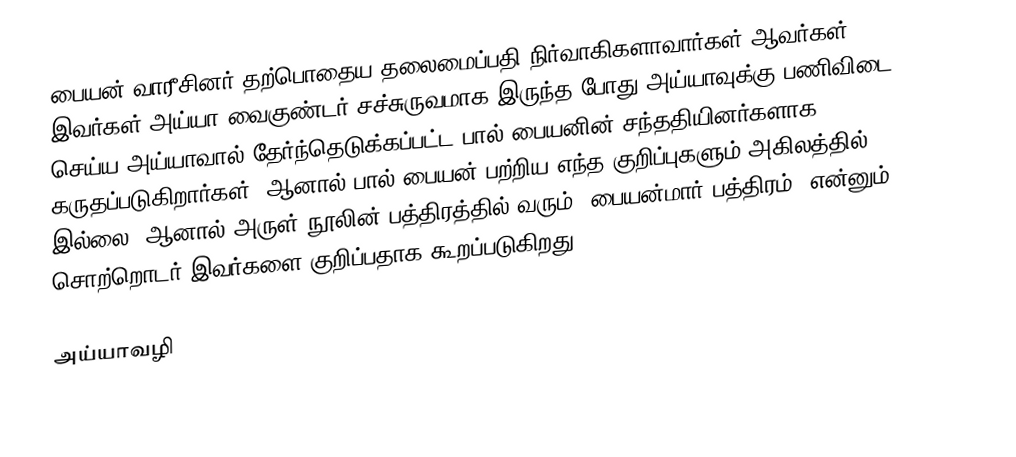
பையன் வாரீசினர் தற்பொதைய தலைமைப்பதி நிர்வாகிகளாவார்கள் ஆவர்கள். இவர்கள் அய்யா வைகுண்டர் சச்சுருவமாக இருந்த போது அய்யாவுக்கு பணிவிடை செய்ய அய்யாவால் தேர்ந்தெடுக்கப்பட்ட பால் பையனின் சந்ததியினர்களாக கருதப்படுகிறார்கள். ஆனால் பால் பையன் பற்றிய எந்த குறிப்புகளும் அகிலத்தில் இல்லை. ஆனால் அருள் நூலின் பத்திரத்தில் வரும் "பையன்மார் பத்திரம்" என்னும் சொற்றொடர் இவர்களை குறிப்பதாக கூறப்படுகிறது.

அய்யாவழி